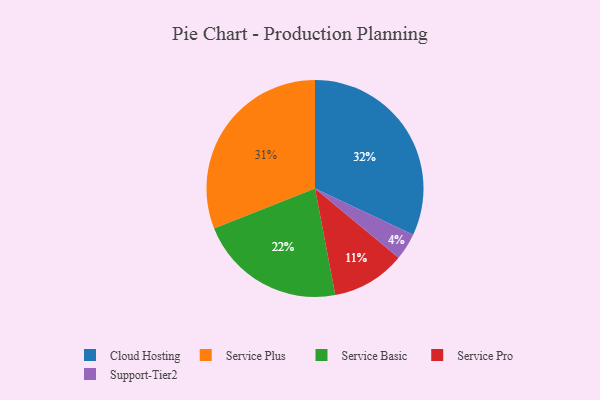
{"axis": {"x": "Category", "y": "Percentage"}, "legend": ["Cloud Hosting", "Service Basic", "Service Plus", "Service Pro", "Support-Tier2"], "data": [{"x": "Service Plus", "y": 31, "type": "Service Plus"}, {"x": "Cloud Hosting", "y": 32, "type": "Cloud Hosting"}, {"x": "Service Pro", "y": 11, "type": "Service Pro"}, {"x": "Support-Tier2", "y": 4, "type": "Support-Tier2"}, {"x": "Service Basic", "y": 22, "type": "Service Basic"}]}